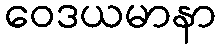
ဝေဒယမာနာ